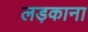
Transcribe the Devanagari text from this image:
लड़काना